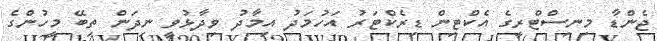
ޖެންޑާ މިނިސްޓްރީގެ އެކްޓިން ޑިރެކްޓަރު އަހުމަދު އިމާދު ވިދާޅުވީ ނިދަން ތިބޭ މީހުންގެ